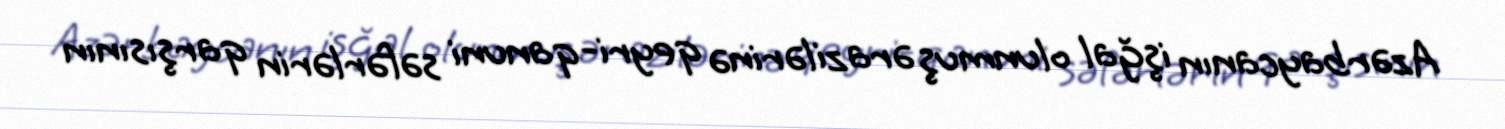
Azərbaycanın işğal olunmuş ərazilərinə qeyri-qanuni səfərlərin qarşısının